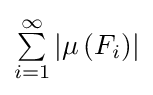
\textstyle \sum \limits _{i=1}^{\infty }\left|\mu \left(F_{i}\right)\right|